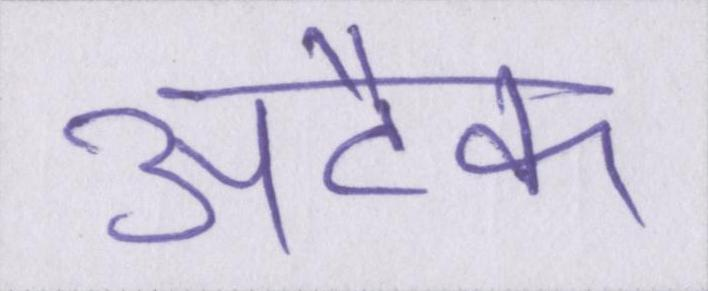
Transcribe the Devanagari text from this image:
अटैक